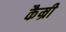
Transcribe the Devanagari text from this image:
कैम्री